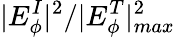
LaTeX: |E_{\phi}^{I}|^{2}/|E_{\phi}^{T}|_{max}^{2}